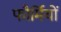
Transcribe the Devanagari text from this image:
फौर्मियों